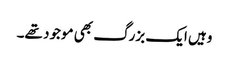
وہیں ایک بزرگ بھی موجود تھے۔